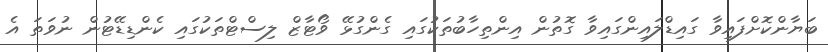
ބަޔާންކޮށްފައިވާ ގައިޑްލައިންގައިވާ ގޮތުން އިންތިހާބުތަކުގައި ގެންގުޅޭ ވޯޓާޒް ލިސްޓްތަކުގައި ކެންޑިޑޭޓުން ނުވަތަ އެ